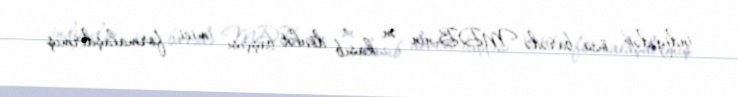
indiyədək özü barədə MDB-nin ən kasıb dövlət başçısı imici formalaşdırmış